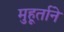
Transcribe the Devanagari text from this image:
मुहूर्ताने